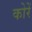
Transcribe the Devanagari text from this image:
कोरें